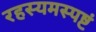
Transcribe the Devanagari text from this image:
रहस्यमस्पष्टं